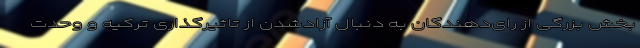
بخش بزرگی از رای‌دهندگان به دنبال آزادشدن از تاثیرگذاری ترکیه و وحدت